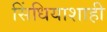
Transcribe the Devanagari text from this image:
सिंधियाशाही